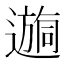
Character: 𫑉